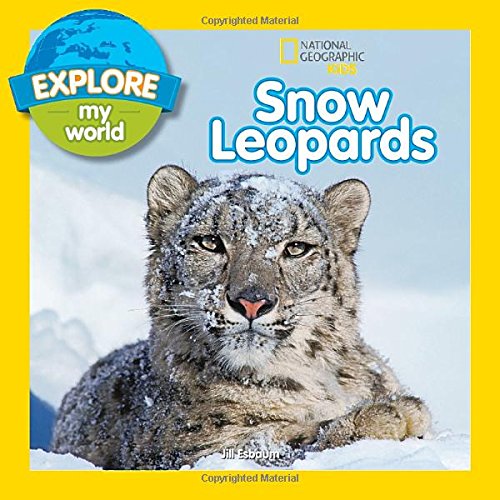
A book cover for Explore My World Snow Leopards; Jill Esbaum; Children's Books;